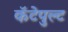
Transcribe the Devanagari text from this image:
कॅटेपुल्ट